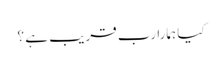
کیا ہمارا رب قریب ہے ؟